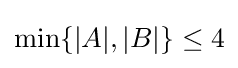
\min\{|A|,|B|\}\leq 4